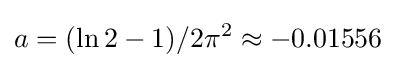
a=(\ln 2-1)/2\pi ^{2}\approx -0.01556